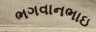
ભગવાનભાઇ